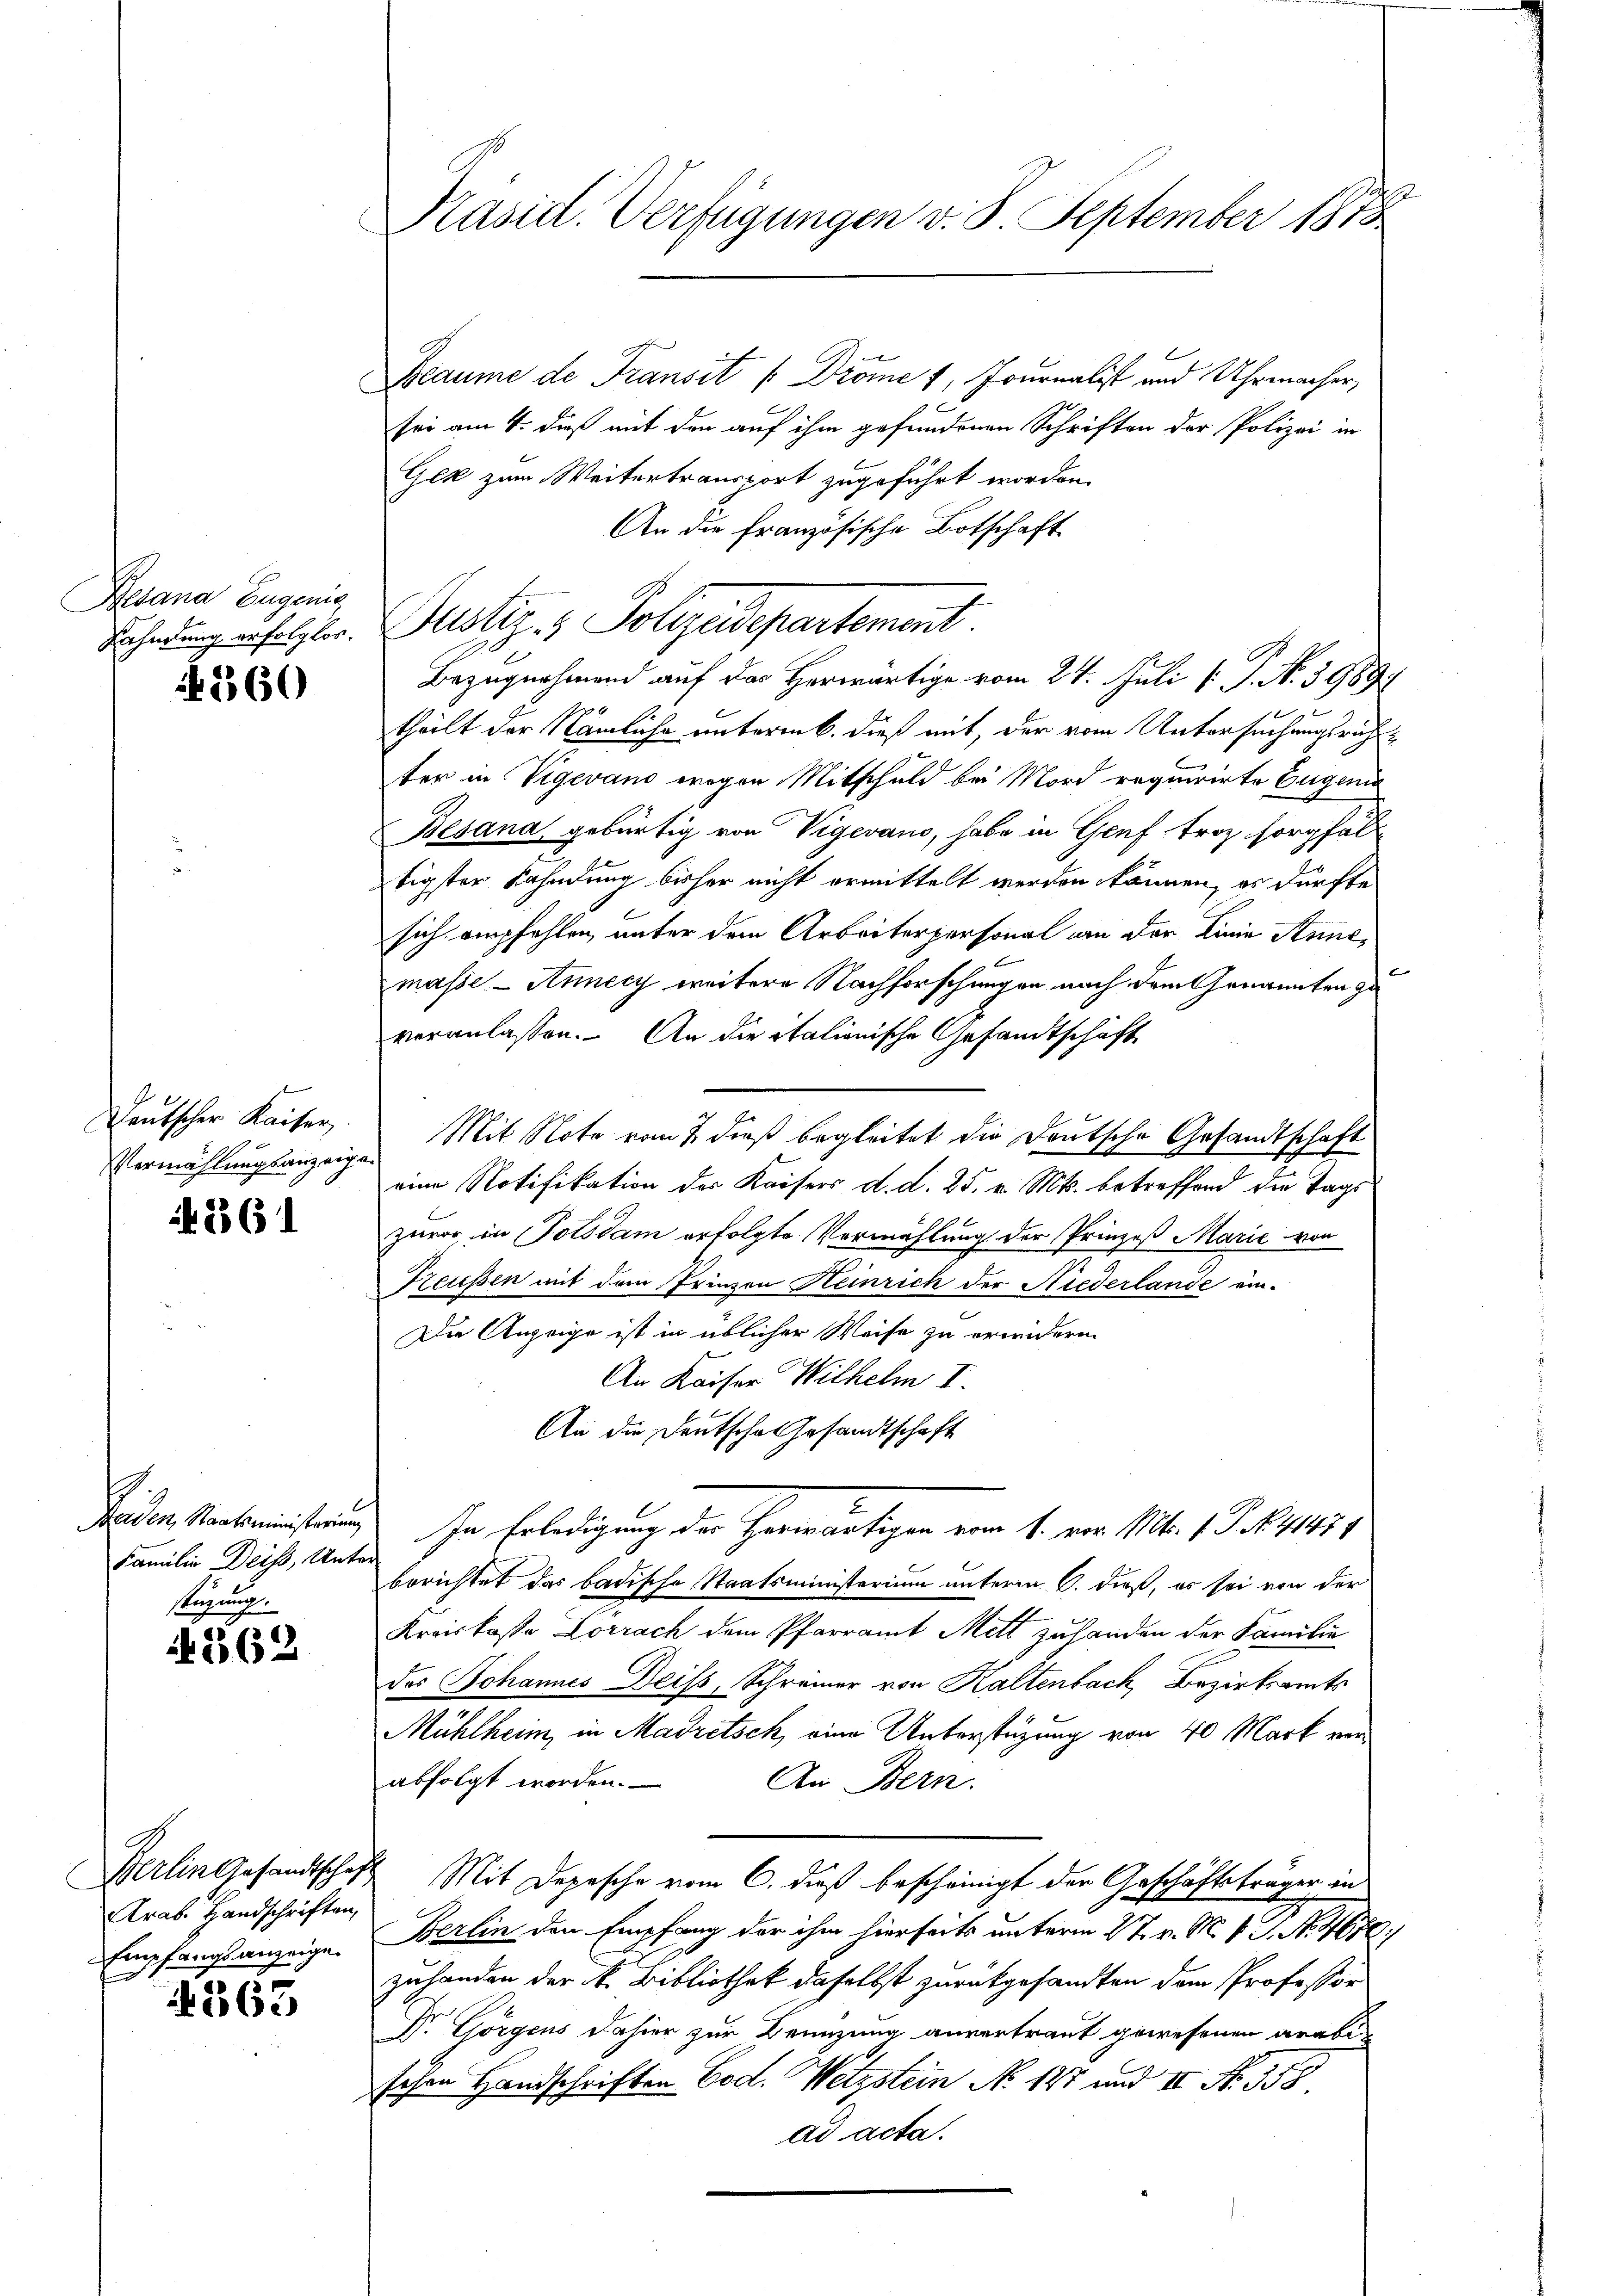
Desana Eugenie
Lähndung erfolglos.

1360

Deutscher Kaiser
Vermählungsanzeig

1361

Familie Deiss, Unter
stüzung.

1362

Arab. Handschriften,
Empfangsanzeige

363

Präsid. Verfügungen v. 8. September 1873.

Beaume de Transit [Dröme 1, Journalist und Uhrmacher,
sei am 4. dieß mit den auf ihm gefundenen Schriften der Polizei in
Gek zum Weitertransport zugeführt worden.
An die Französische Botschaft
Justiz- & Polizeidepartement.
Bezugnahmend auf das Herwärtige vom 24. Juli [: P. N. 3989.
16
theilt der Nämliche unterm b. dieß mit, der vom Untersuchungsrichtter in Vigevano wegen Mitschuld bei Mord requirirte Eugeni
Besana gebürtig von Vigevano, habe in Genf troz sorgfaltigster Bahndung bisher nicht ermittelt werden können, es dürfte
sich empfehlen, unter dem Arbeiterpersonal an der Linie Annemasse.- Annecy weitere Nachforschungen nach dem Genannten zu
veranlassen. An die italionische Gesandtschäft
Mit Note vom 7. dieß begleitet die Deutsche Gesandtschaft
eine Notifikation der Kaisers d. d. 25. v. Mts. betreffend die Tags
zuvor in Potsdam erfolgte Vermählung der Prinzeß Marie von
Preußen mit dem Frinzen Heinrich der Niederlande ein-
Die Anzeige ist in üblicher Weise zu erwidern.
An Kaiser Wilhelm I.
An die Deutsche Gesandtschaft
Seiden Nachministerung. In Erledigung der Herwärtigen vom 1. vor 16. 1 S. 61131
berichtet das badische Staatsministerium unterm 6. dieß, es sei von der
Kreiskoste Dorrach dem Pfarramt Mett zu handen der Familie
das Johannes Deiss, Schreiner von Kaltenbach, Bezirksamts
Mühlheim, in Madretsch, eine Unterstüzung von 40 Mark von
abfolgt worden.
An Bern.
Berlin Gesandtschaft Mit Depesche vom 6. dieß bescheinigt der Geschäftsträger in
Berlin den Empfang der ihm hierseits unterm 27. v. M. V. P. Nr. 4670.
zuhanden der N. Bibliothek daselbst zurückgesandten dem Professor
Dr. Görgens dahier zur Kennzung anvertraut gewesenen arabe
schen Handschriften Cod. Wetzstein No. 187 und II No. 358.
ad acta.